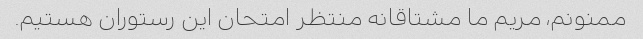
ممنونم، مریم ما مشتاقانه منتظر امتحان این رستوران هستیم.